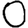
Digit: 0